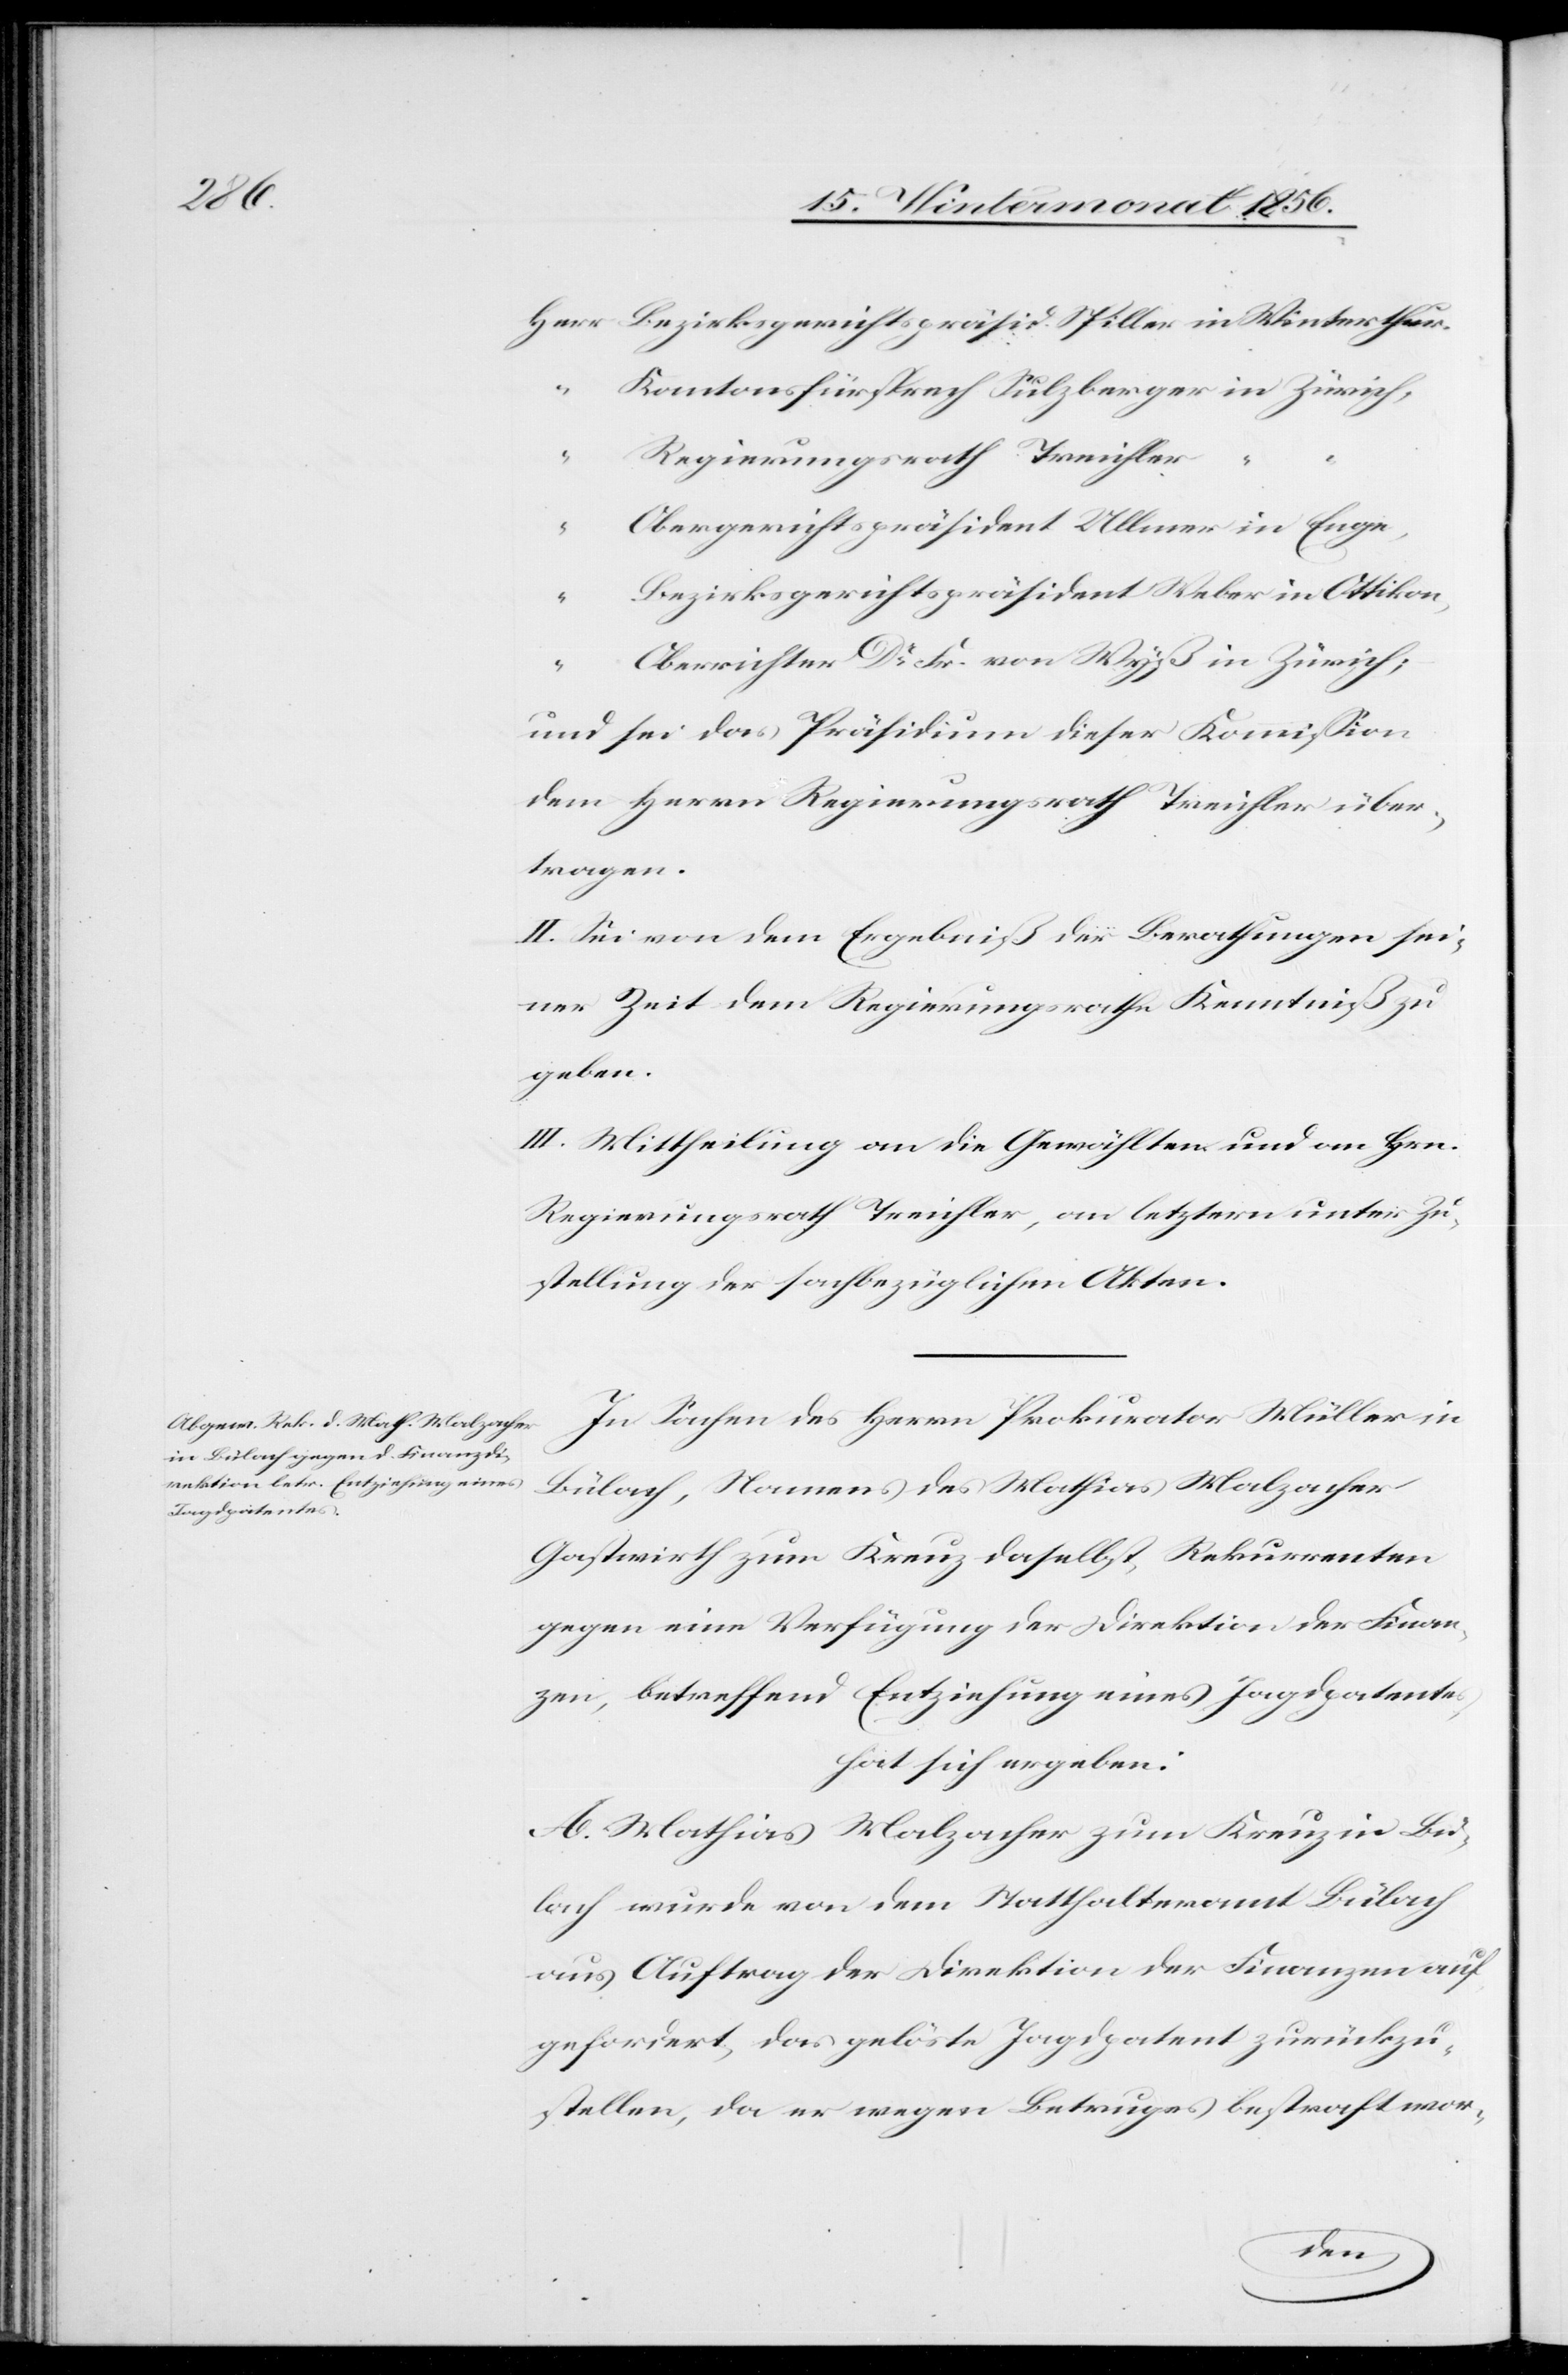
r	“	“

Herr	Bezirksgerichtspräsid. Spiller in Winterthur.
“	Kantonsfürsprech Sulzberger in Zürich,
“	Regierungsrath Treichle¬
“	Obergerichtspräsident Ullmer in Enge,
“	Bezirksgerichtspräsident Weber in Ottikon,
“	Oberrichter Dr Fr. von Wyß in Zürich;
und sei das Präsidium dieser Kommission
dem Herrn Regierungsrath Treichler über¬
tragen.
II. Sei von dem Ergebniß der Berathungen sei¬
ner Zeit dem Regierungsrathe Kenntniß zu
geben.
III. Mittheilung an die Gewählten und an Hrn.
Regierungsrath Treichler, an letztern unter Zu¬
stellung der sachbezüglichen Akten.
In Sachen des Herrn Prokurator Müller in
Bülach, Namens des Mathias Malzacher
Gastwirth zum Kreuz daselbst, Rekurrenten
gegen eine Verfügung der Direktion der Finan¬
zen, betreffend Entziehung eines Jagdpatentes
hat sich ergeben:
A. Mathias Malzacher zum Kreuz in Bü¬
lach wurde von dem Statthalteramt Bülach
aus Auftrag der Direktion der Finanzen auf¬
gefordert, das gelöste Jagdpatent zurückzu¬
stellen, da er wegen Betruges bestraft wor-